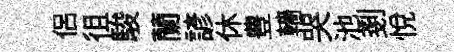
侣徂駿蘭諺休豊轖哭池剗悦